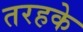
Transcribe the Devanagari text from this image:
तरहके